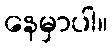
နေမှာပါ။